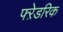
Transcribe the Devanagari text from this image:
फ्ऱेडरिक